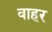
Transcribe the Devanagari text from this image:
वाहर